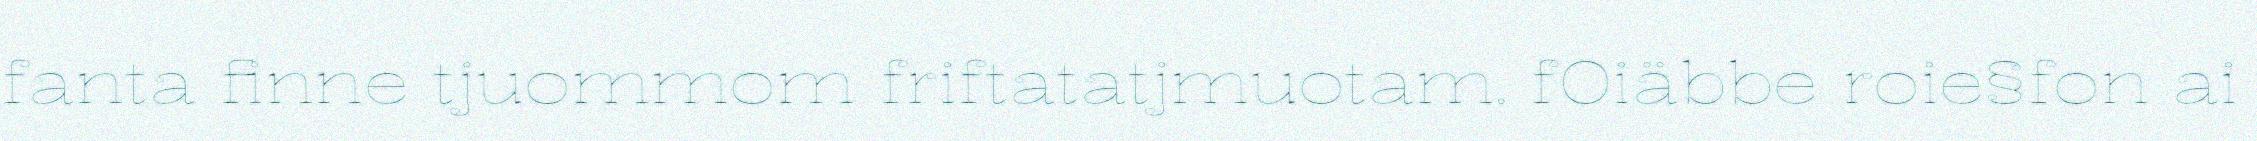
fanta finne tjuommom friftatatjmuotam. fOiäbbe roie§fon ai